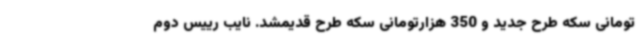
تومانی سکه طرح جدید و 350 هزارتومانی سکه طرح قدیمشد. نایب رییس دوم